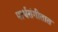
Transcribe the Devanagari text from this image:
पार्श्वसंगीतात